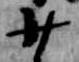
少